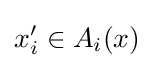
x_{i}'\in A_{i}(x)